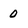
Character: 0